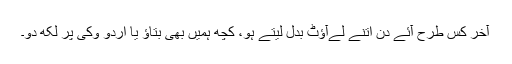
آخر کس طرح آئے دن اتنے لےآؤٹ بدل لیتے ہو، کچھ ہمیں بھی بتاؤ یا اردو وکی پر لکھ دو۔